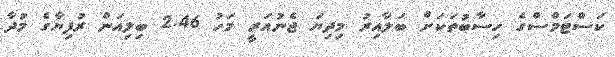
ކަަސްޓަމްސްގެ ހިސާބުތަކަށް ބަލާއިރު މިދިޔަ ޖެނުއަރީ މަހު 2.46 ބިލިއަން ރުފިޔާގެ މުދާ